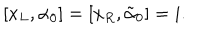
LaTeX: [ x _ { L } , \alpha _ { 0 } ] = [ x _ { R } , \tilde { \alpha } _ { 0 } ] = i .